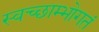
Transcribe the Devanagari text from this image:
स्वच्छाम्भोगतं